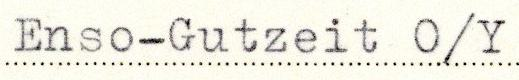
Enso-Gutzeit O/Y